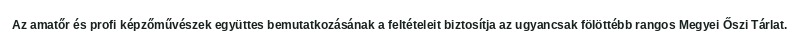
Az amatőr és profi képzőművészek együttes bemutatkozásának a feltételeit biztosítja az ugyancsak fölöttébb rangos Megyei Őszi Tárlat.